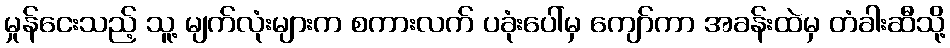
မှုန်ငေးသည့် သူ့ မျက်လုံးများက စကားလက် ပခုံးပေါ်မှ ကျော်ကာ အခန်းထဲမှ တံခါးဆီသို့